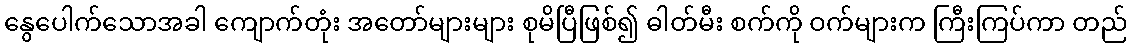
နွေပေါက်သောအခါ ကျောက်တုံး အတော်များများ စုမိပြီဖြစ်၍ ဓါတ်မီး စက်ကို ဝက်များက ကြီးကြပ်ကာ တည်